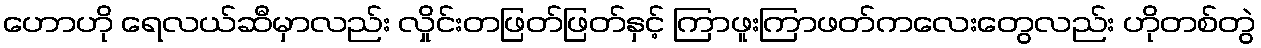
ဟောဟို ရေလယ်ဆီမှာလည်း လှိုင်းတဖြတ်ဖြတ်နှင့် ကြာဖူးကြာဖတ်ကလေးတွေလည်း ဟိုတစ်တွဲ